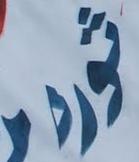
ثوره